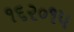
૧૬૨૦૧૫